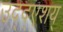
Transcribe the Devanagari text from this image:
उद्द्एशय्